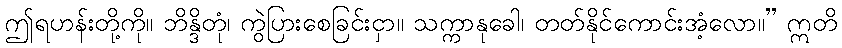
ဤရဟန်းတို့ကို။ ဘိန္ဒိတုံ၊ ကွဲပြားစေခြင်းငှာ။ သက္ကာနုခေါ၊ တတ်နိုင်ကောင်းအံ့လော။” ဣတိ